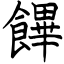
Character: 饆